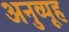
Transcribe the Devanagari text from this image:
अनुव्यूह